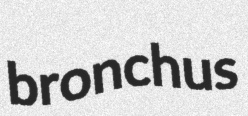
bronchus